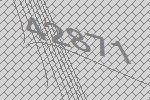
42871